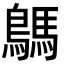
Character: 鷌